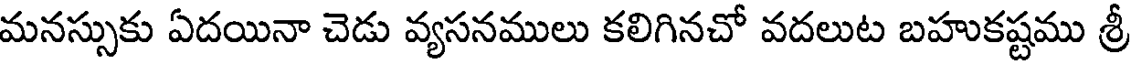
మనస్సుకు ఏదయినా చెడు వ్యసనములు కలిగినచో వదలుట బహుకష్టము శ్రీ